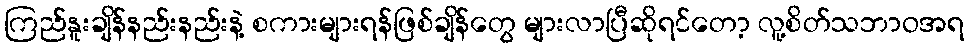
ကြည်နူးချိန်နည်းနည်းနဲ့ စကားများရန်ဖြစ်ချိန်တွေ များလာပြီဆိုရင်တော့ လူ့စိတ်သဘာဝအရ